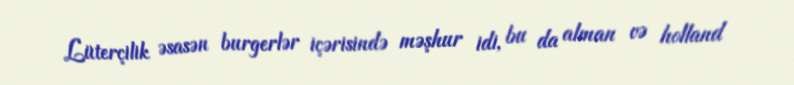
Lüterçilik əsasən burgerlər içərisində məşhur idi, bu da alman və holland